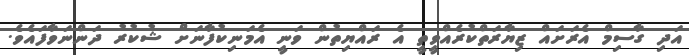
އަދި ގާސިމް އެރަށައް ޒިޔާރަތްކުރެއްވީތީ އެ ރައްޔިތުން ވަނީ އެމަނިކުފާނަށް ޝުކުރު ދަންނަވާފައެވެ.